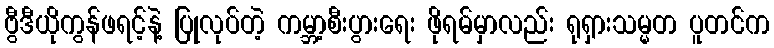
ဗွီဒီယိုကွန်ဖရင့်နဲ့ ပြုလုပ်တဲ့ ကမ္ဘာ့စီးပွားရေး ဖိုရမ်မှာလည်း ရုရှားသမ္မတ ပူတင်က